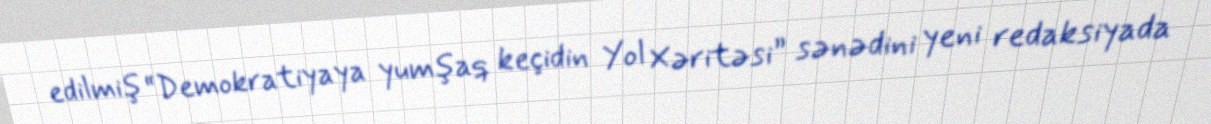
edilmiş “Demokratiyaya yumşaq keçidin Yol Xəritəsi” sənədini yeni redaksiyada